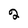
Character: 2